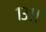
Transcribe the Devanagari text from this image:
१३१।